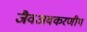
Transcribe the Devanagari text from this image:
जैवअवकरणीय